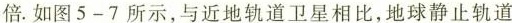
倍.如图5-7所示，与近地轨道卫星相比，地球静止轨道